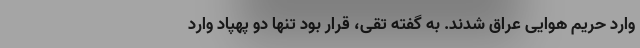
وارد حریم هوایی عراق شدند. به گفته تقی، قرار بود تنها دو پهپاد وارد